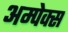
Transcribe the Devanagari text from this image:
अम्पेक्स